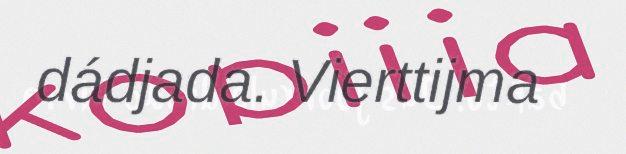
dádjada. Vierttijma